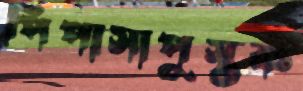
পিপাসাপুস্তক